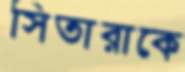
সিতারাকে